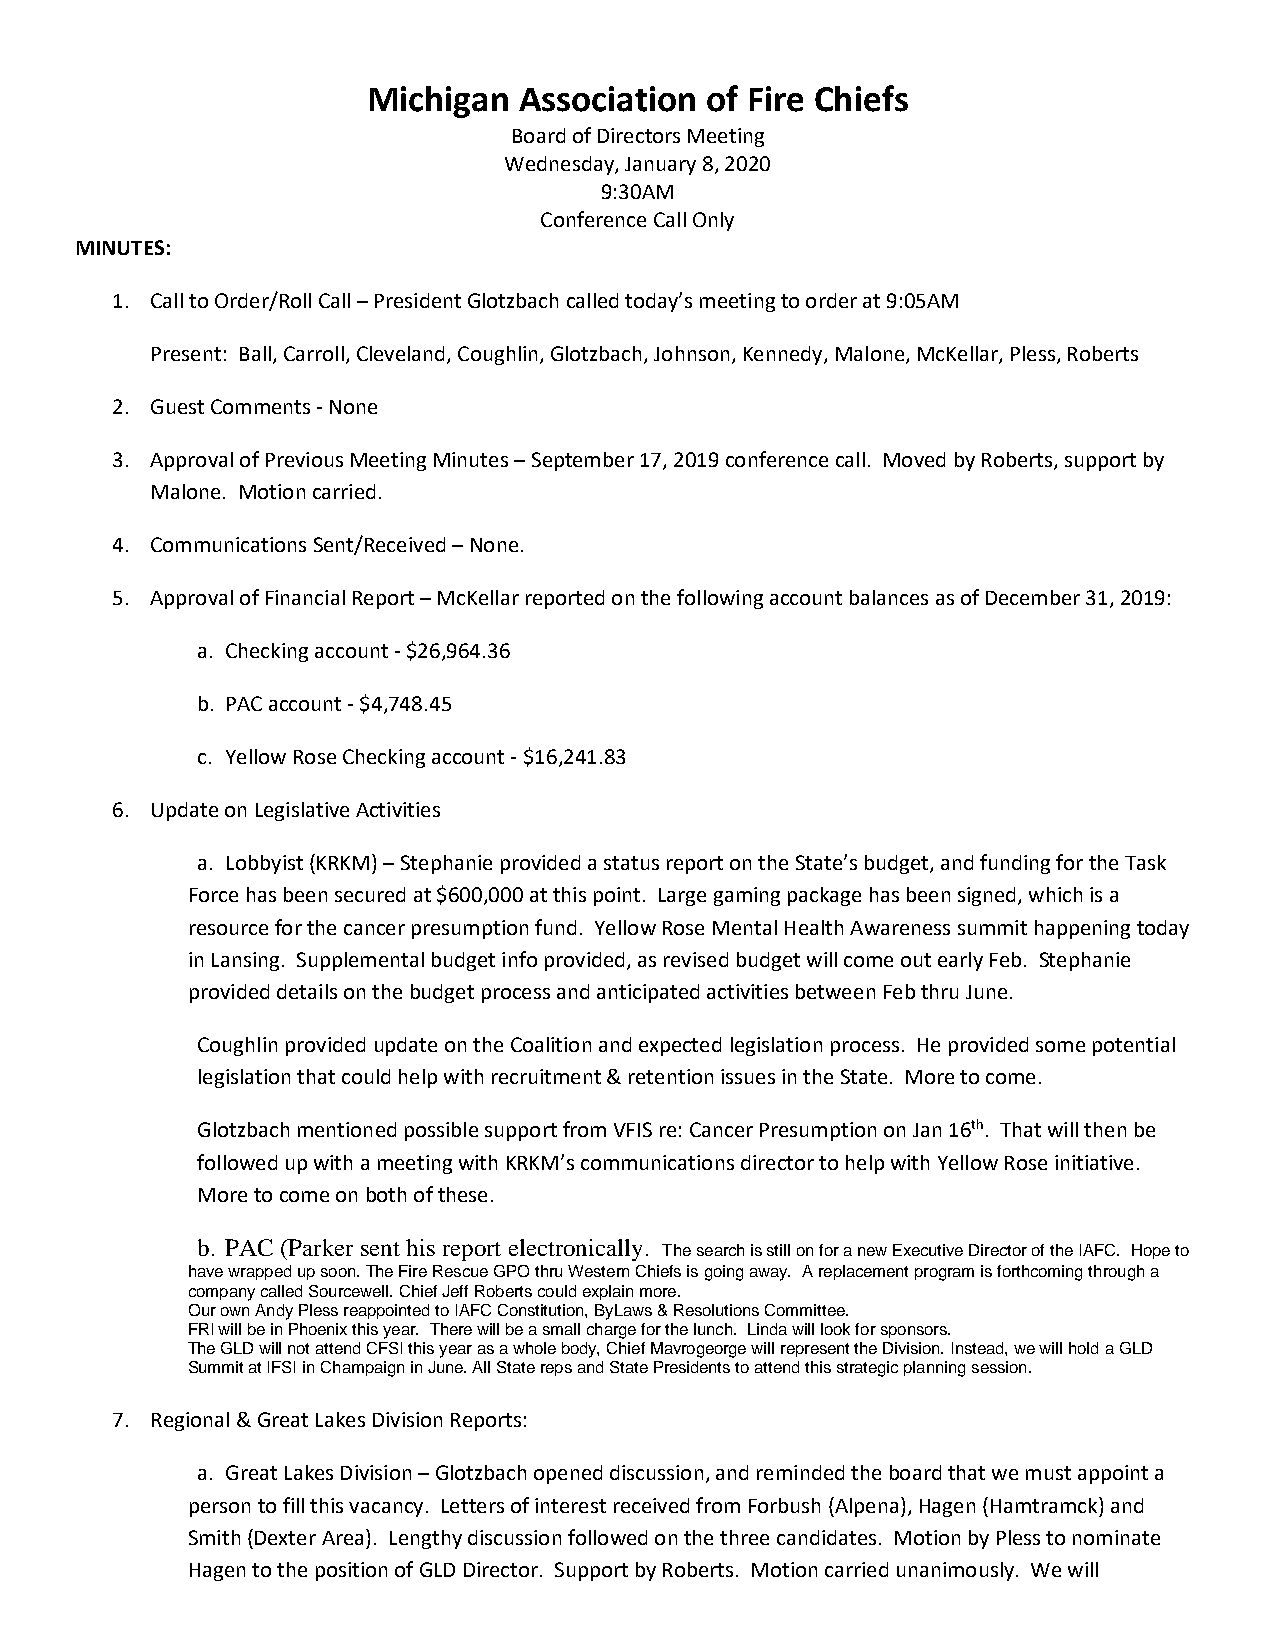
Michigan  Association  of Fire Chiefs
 Board of Directors Meeting
 Wednesday, January 8, 2020
 9:30AM
 Conference Call Only
 MINUTES:
 1. Call to Order/Roll Call – President Glotzbach called today’s meeting to order at 9:05AM
 Present: Ball, Carroll, Cleveland, Coughlin, Glotzbach, Johnson, Kennedy, Malone, McKellar, Pless, Roberts
 2. Guest Comments - None
 3. Approval of Previous Meeting Minutes – September 17, 2019 conference call. Moved by Roberts, support by
 Malone. Motion carried.
 4. Communications Sent/Received – None.
 5. Approval of Financial Report – McKellar reported on the following account balances as of December 31, 2019:
 a. Checking account - $26,964.36
 b. PAC account - $4,748.45
 c. Yellow Rose Checking account - $16,241.83
 6. Update on Legislative Activities
 a. Lobbyist (KRKM) – Stephanie provided a status report on the State’s budget, and funding for the Task
 Force has been secured at $600,000 at this point. Large gaming package has been signed, which is a
 resource for the cancer presumption fund. Yellow Rose Mental Health Awareness summit happening today
 in Lansing. Supplemental budget info provided, as revised budget will come out early Feb. Stephanie
 provided details on the budget process and anticipated activities between Feb thru June.
 Coughlin provided update on the Coalition and expected legislation process. He provided some potential
 legislation that could help with recruitment & retention issues in the State. More to come.
 Glotzbach mentioned possible support from VFIS re: Cancer Presumption on Jan 16th. That will then be
 followed up with a meeting with KRKM’s communications director to help with Yellow Rose initiative.
 More to come on both of these.
 b. PAC (Parker sent his report electronically.
 The search is still on for a new Executive Director of the IAFC. Hope to
 have wrapped up soon. The Fire Rescue GPO thru Western Chiefs is going away. A replacement program is forthcoming through a
 company called Sourcewell. Chief Jeff Roberts could explain more.
 Our own Andy Pless reappointed to IAFC Constitution, ByLaws & Resolutions Committee.
 FRI will be in Phoenix this year. There will be a small charge for the lunch. Linda will look for sponsors.
 The GLD will not attend CFSI this year as a whole body, Chief Mavrogeorge will represent the Division. Instead, we will hold a GLD
 Summit at IFSI in Champaign in June. All State reps and State Presidents to attend this strategic planning session.
 7. Regional & Great Lakes Division Reports:
 a. Great Lakes Division – Glotzbach opened discussion, and reminded the board that we must appoint a
 person to fill this vacancy. Letters of interest received from Forbush (Alpena), Hagen (Hamtramck) and
 Smith (Dexter Area). Lengthy discussion followed on the three candidates. Motion by Pless to nominate
 Hagen to the position of GLD Director. Support by Roberts. Motion carried unanimously. We will